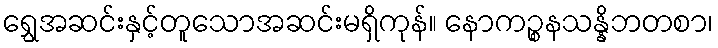
ရွှေအဆင်းနှင့်တူသောအဆင်းမရှိကုန်။ နောကဉ္စနသန္နိဘတစာ၊